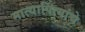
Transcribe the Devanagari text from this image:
मात्यापित्यांचे